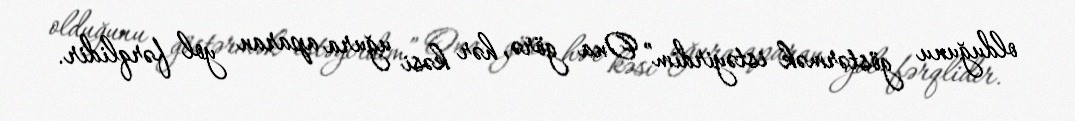
olduğunu göstərmək istəyirdim” Ona görə, hər kəsi uğura aparan yol fərqlidir.